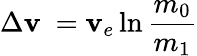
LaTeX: \Delta\mathbf{v}\ =\mathbf{v}_{e}\ln{\frac{{m_{0}}}{{m_{1}}}}